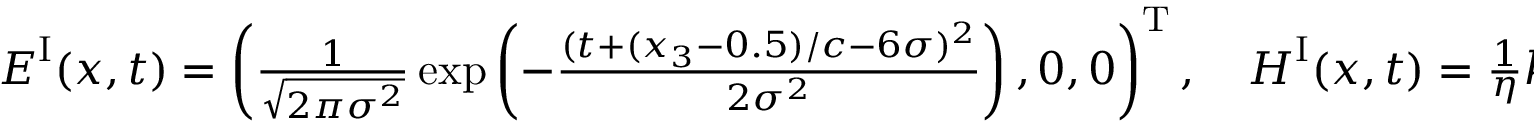
\begin{array} { r } { \boldsymbol { E } ^ { \mathrm { I } } ( \boldsymbol { x } , t ) = \left( \frac { 1 } { \sqrt { 2 \pi \sigma ^ { 2 } } } \exp \left( - \frac { ( t + ( x _ { 3 } - 0 . 5 ) / c - 6 \sigma ) ^ { 2 } } { 2 \sigma ^ { 2 } } \right) , 0 , 0 \right) ^ { \mathrm { T } } , \quad \boldsymbol { H } ^ { \mathrm { I } } ( \boldsymbol { x } , t ) = \frac { 1 } { \eta } \boldsymbol { k } ^ { \mathrm { I } } \times \boldsymbol { E } ^ { \mathrm { I } } ( \boldsymbol { x } , t ) , } \end{array}